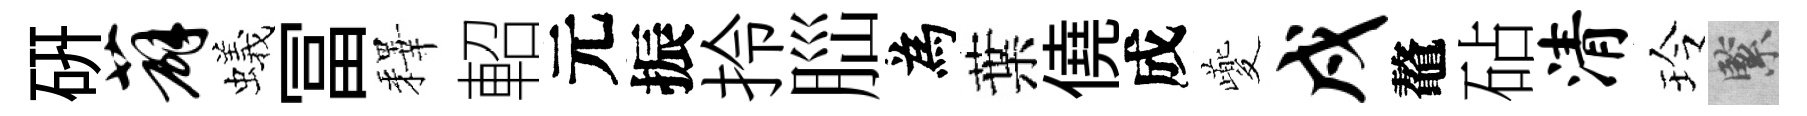
硏薜蟻冨釋軺元振拎𦛁為葉僥成夔戍鼇砧清玲緊